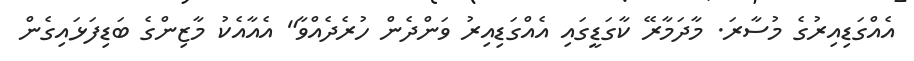
އެއްގަޑިއިރުގެ މުސާރަ. މާދަމާރޭ ކާގަޑީގައި އެއްގަޑިއިރު ވަންދެން ހުރެދެއްވާ" އެއާއެކު މާޒިންގެ ބަޑިފަޅައިގެން